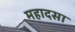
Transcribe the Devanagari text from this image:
महादसा